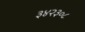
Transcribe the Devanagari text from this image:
३४२३०८